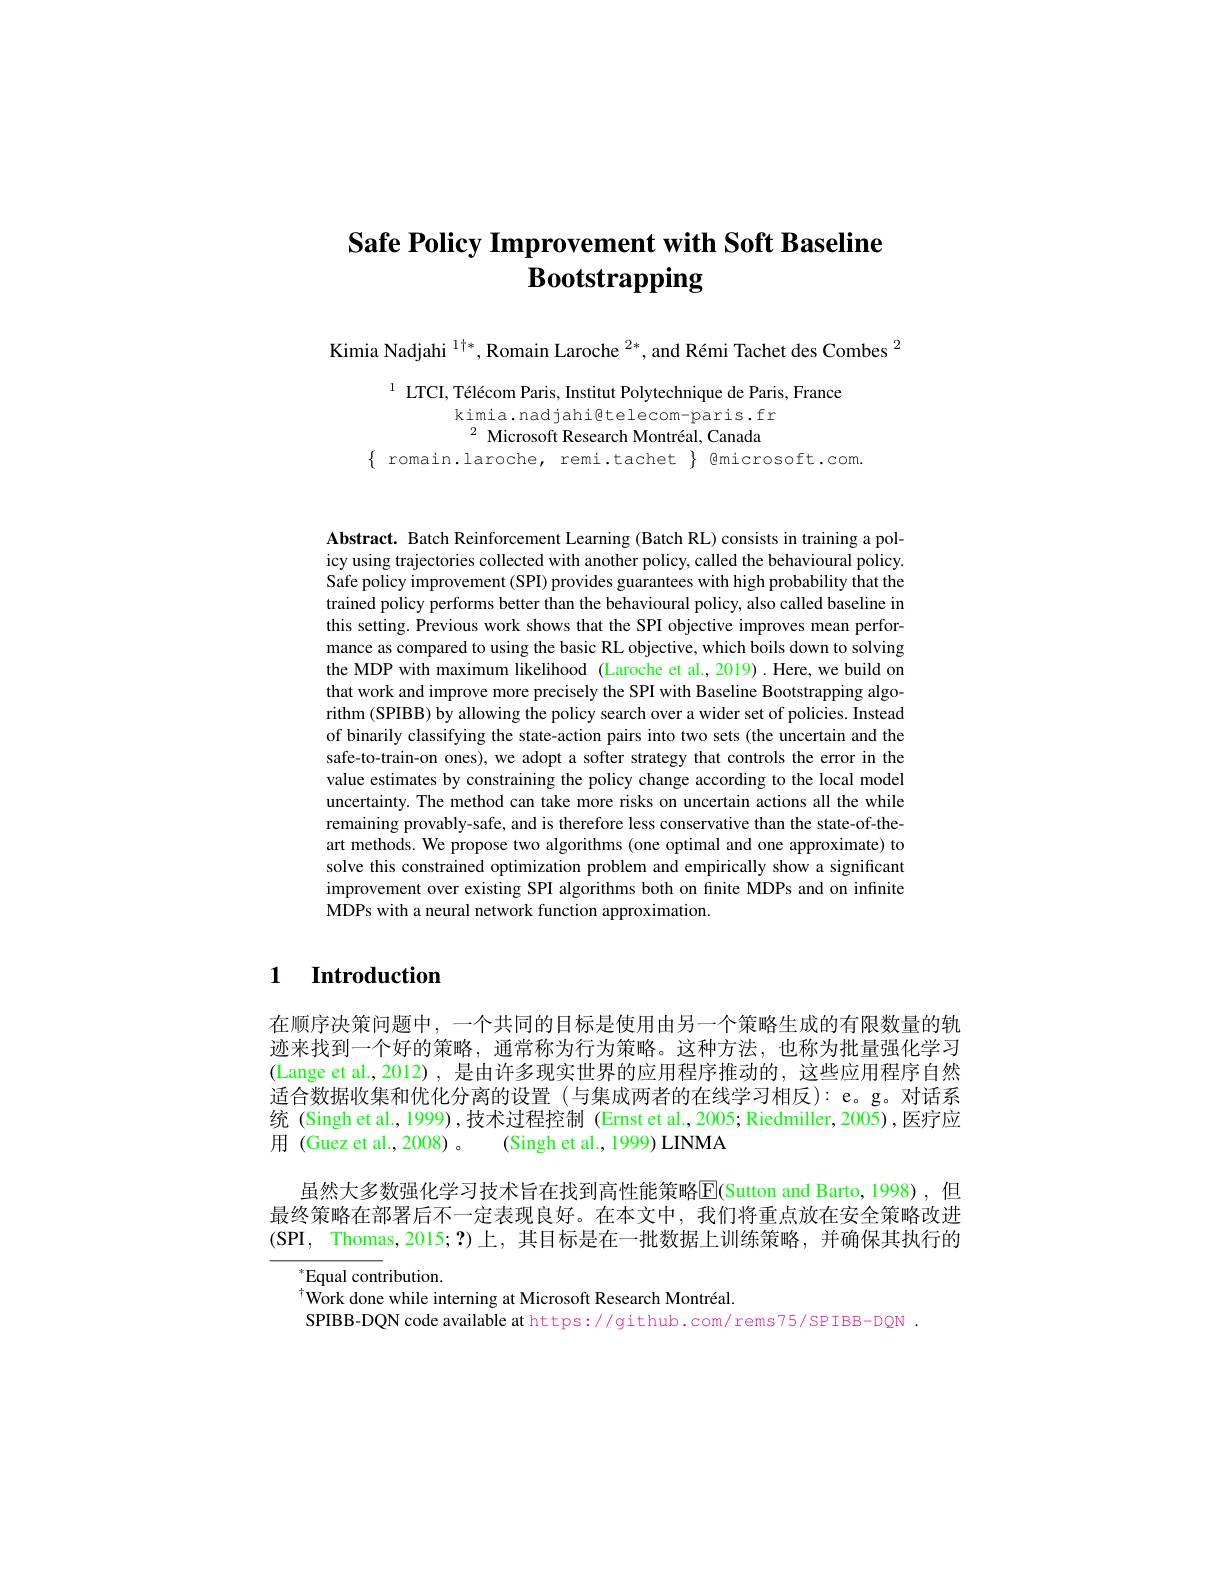
# Safe Policy Improvement with Soft Baseline Bootstrapping

Kimia Nadjahi $^1\dagger*,\text{Romain Laroche }^{2*}$, and Rémi Tachet des Combes $^2$

$^{1}$ LTCI, Télécom Paris, Institut Polytechnique de Paris, France
kimia.nadjahi@telecom-paris.fr $^{2}$ Microsoft Research Montréal, Canada
$\{$ romain.laroche, remi.tachet $\}$ @microsoft.com

Abstract. Batch Reinforcement Learning (Batch RL) consists in training a policy using trajectories collected with another policy, called the behavioural policy. Safe policy improvement (SPI) provides guarantees with high probability that the trained policy performs better than the behavioural policy, also called baseline in this setting. Previous work shows that the SPI objective improves mean performance as compared to using the basic RL objective, which boils down to solving the MDP with maximum likelihood (Laroche et al., 2019).Here, we build on that work and improve more precisely the SPI with Baseline Bootstrapping algorithm (SPIBB) by allowing the policy search over a wider set of policies. Instead of binarily classifying the state-action pairs into two sets (the uncertain and the safe-to-train-on ones), we adopt a softer strategy that controls the error in the value estimates by constraining the policy change according to the local model uncertainty. The method can take more risks on uncertain actions all the while remaining provably-safe, and is therefore less conservative than the state-of-theart methods. We propose two algorithms (one optimal and one approximate) to solve this constrained optimization problem and empirically show a significant improvement over existing SPI algorithms both on finite MDPs and on infinite MDPs with a neural network function approximation.

## 1 Introduction

在顺序决策问题中，一个共同的目标是使用由另一个策略生成的有限数量的轨迹来找到一个好的策略，通常称为行为策略。这种方法，也称为批量强化学习(Lange et al.,2012), 是由许多现实世界的应用程序推动的，这些应用程序自然适合数据收集和优化分离的设置(与集成两者的在线学习相反):e。g。对话系统 (Singh et al., 1999), 技术过程控制 (Ernst et al., 2005; Riedmiller, 2005) ,医疗应用 (Guez et al., 2008) 。(Singh et al., 1999) LINMA

虽然大多数强化学习技术旨在找到高性能策略E(Sutton and Barto, 1998),但最终策略在部署后不一定表现良好。在本文中，我们将重点放在安全策略改进$( \mathbf{SPI}$, Thomas,2015;?)上，其目标是在一批数据上训练策略，并确保其执行的
$^*$Equal contribution.
$^{\dagger}$Work done while interning at Microsoft Research Montréal.
SPIBB-DQN code available at https://github.com/rems75/SPIBB-DQN